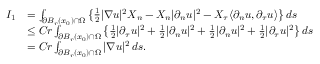
\begin{array} { r l } { I _ { 1 } } & { = \int _ { \partial B _ { r } ( x _ { 0 } ) \cap \Omega } \left\{ \frac { 1 } { 2 } | \nabla u | ^ { 2 } X _ { n } - X _ { n } | \partial _ { n } u | ^ { 2 } - X _ { \tau } \langle \partial _ { n } u , \partial _ { \tau } u \rangle \right\} d s } \\ & { \leq C r \int _ { \partial B _ { r } ( x _ { 0 } ) \cap \Omega } \left\{ \frac { 1 } { 2 } | \partial _ { \tau } u | ^ { 2 } + \frac { 1 } { 2 } | \partial _ { n } u | ^ { 2 } + \frac { 1 } { 2 } | \partial _ { n } u | ^ { 2 } + \frac { 1 } { 2 } | \partial _ { \tau } u | ^ { 2 } \right\} d s } \\ & { = C r \int _ { \partial B _ { r } ( x _ { 0 } ) \cap \Omega } | \nabla u | ^ { 2 } \, d s . } \end{array}